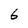
Character: 6